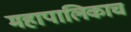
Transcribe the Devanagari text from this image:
महापालिकाच